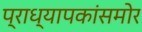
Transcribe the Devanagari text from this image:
प्राध्यापकांसमोर